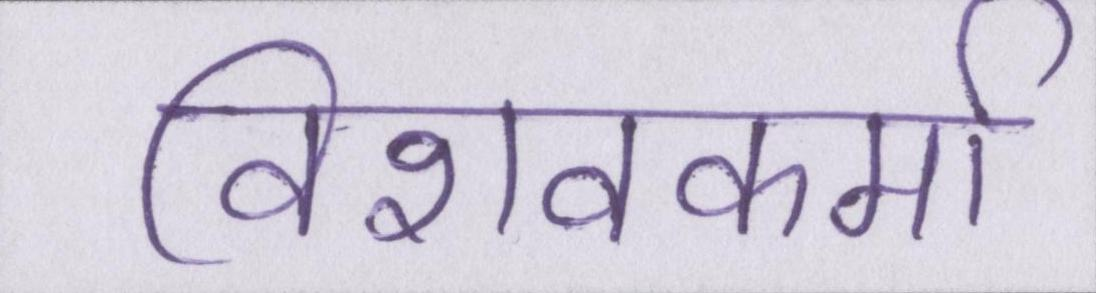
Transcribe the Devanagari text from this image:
विशवकर्मा